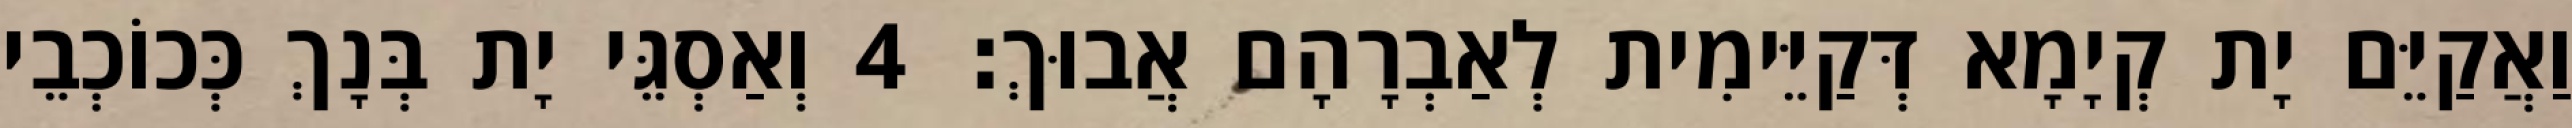
וַאֲקַיֵּם יָת קְיָמָא דְּקַיֵּימִית לְאַבְרָהָם אֲבוּךְ׃ 4 וְאַסְגֵּי יָת בְּנָךְ כְּכוֹכְבֵי